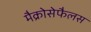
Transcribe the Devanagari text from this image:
मैक्रोसेफैलस